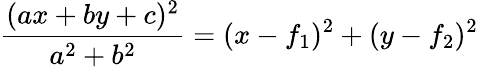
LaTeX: {\frac{(ax+by+c)^{2}}{a^{2}+b^{2}}}=(x-f_{1})^{2}+(y-f_{2})^{2}